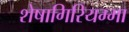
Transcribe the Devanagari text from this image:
शेषागिरियम्मा